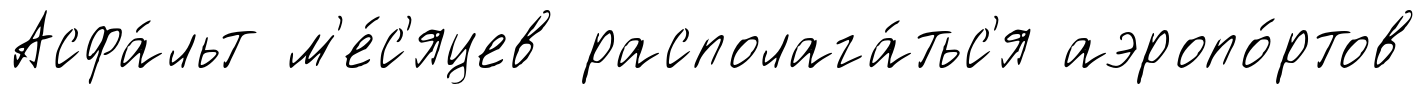
Асфа́льт м'е́с'яцев располага́тьс'я аэропо́ртов